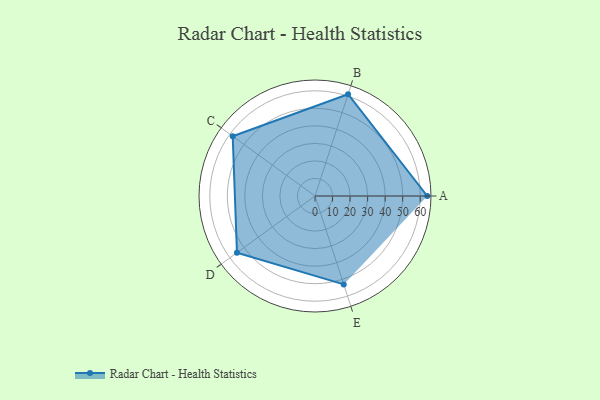
{"axis": {"x": "Skill", "y": "Score"}, "legend": ["Profile"], "data": [{"x": "A", "y": 64.0, "type": "Profile"}, {"x": "B", "y": 61.0, "type": "Profile"}, {"x": "C", "y": 58.0, "type": "Profile"}, {"x": "D", "y": 55.0, "type": "Profile"}, {"x": "E", "y": 53.0, "type": "Profile"}]}